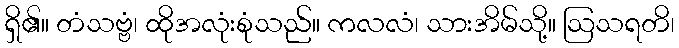
ရှိ၏။ တံသဗ္ဗံ၊ ထိုအလုံးစုံသည်။ ကလလံ၊ သားအိမ်သို့။ ဩသရတိ၊